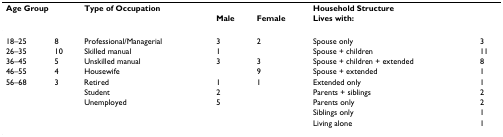
| <COLSPAN=2> Age Group | <COLSPAN=3> Type of Occupation | <COLSPAN=2> Household Structure |
 |  |  |  | Male | Female | <COLSPAN=2> Lives with: |
 | --- | --- | --- | --- | --- | --- | --- |
 | 18–25 | 8 | Professional/Managerial | 3 | 2 | Spouse only | 3 |
 | 26–35 | 10 | Skilled manual | 1 |  | Spouse + children | 11 |
 | 36–45 | 5 | Unskilled manual | 3 | 3 | Spouse + children + extended | 8 |
 | 46–55 | 4 | Housewife |  | 9 | Spouse + extended | 1 |
 | 56–68 | 3 | Retired | 1 | 1 | Extended only | 1 |
 |  |  | Student | 2 |  | Parents + siblings | 2 |
 |  |  | Unemployed | 5 |  | Parents only | 2 |
 |  |  |  |  |  | Siblings only | 1 |
 |  |  |  |  |  | Living alone | 1 |